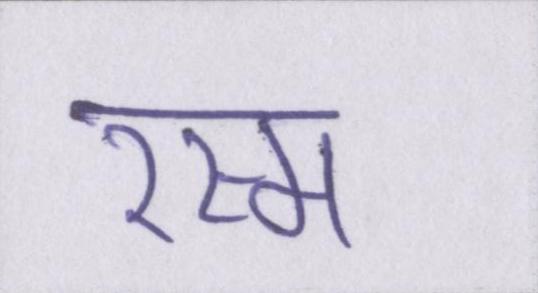
रस्म